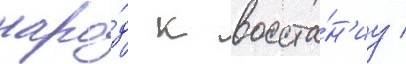
наро́д к восста́н'иу /